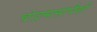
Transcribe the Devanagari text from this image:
चांद्रमासांपैकी